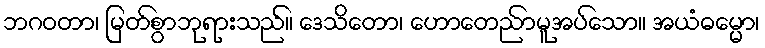
ဘဂဝတာ၊ မြတ်စွာဘုရားသည်။ ဒေသိတော၊ ဟောတေညာ်မူအပ်သော။ အယံဓမ္မော၊